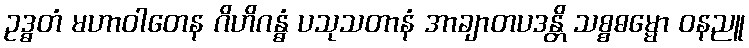
ဥဒ္ဓတံ မဟာဝါတေန ဂိဟိဂန္ဓံ ပသုသတာနံ အာချာတပဒန္တိ သစ္စဓမ္မော ဝနညူ